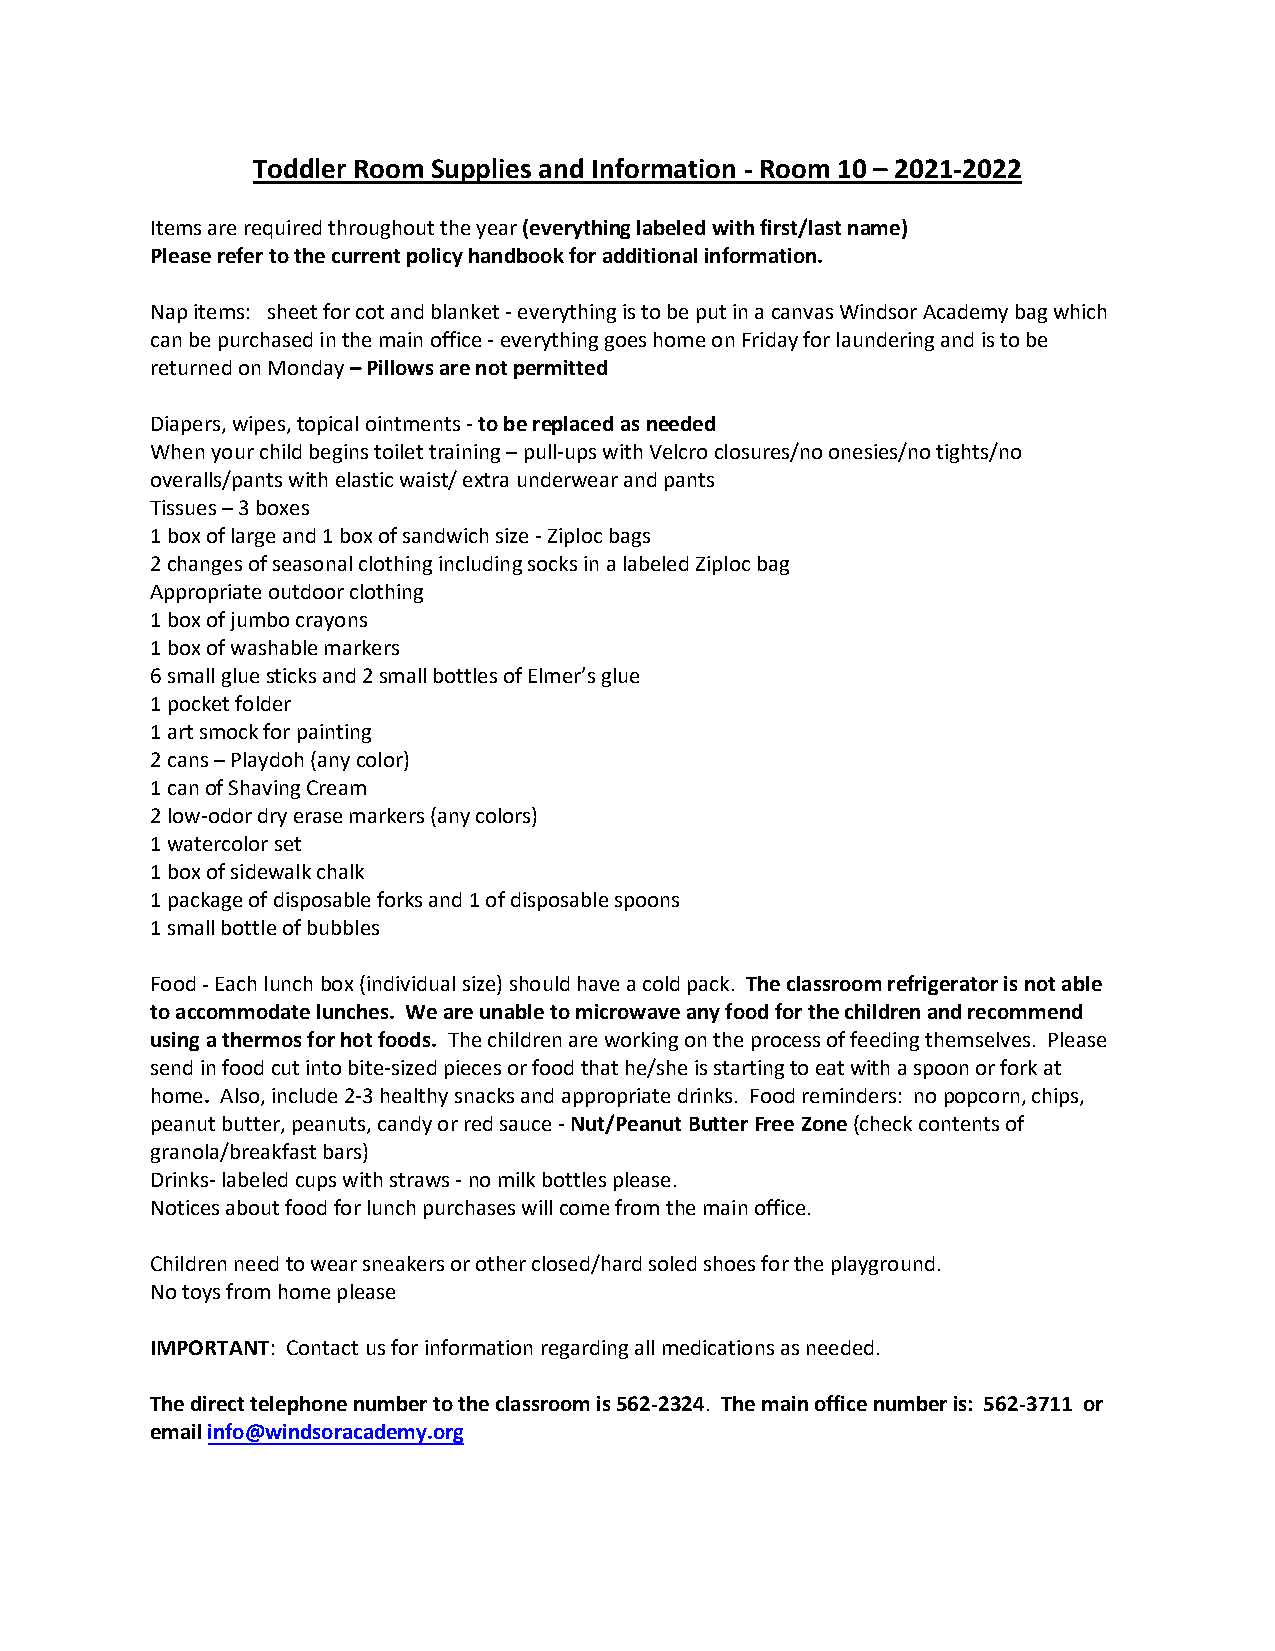
Toddler Room Supplies and Information - Room 10 – 2021-2022
 Items are required throughout the year (everything labeled with first/last name)
 Please refer to the current policy handbook for additional information.
 Nap items: sheet for cot and blanket - everything is to be put in a canvas Windsor Academy bag which
 can be purchased in the main office - everything goes home on Friday for laundering and is to be
 returned on Monday – Pillows are not permitted
 Diapers, wipes, topical ointments - to be replaced as needed
 When your child begins toilet training – pull-ups with Velcro closures/no onesies/no tights/no
 overalls/pants with elastic waist/ extra underwear and pants
 Tissues – 3 boxes
 1 box of large and 1 box of sandwich size - Ziploc bags
 2 changes of seasonal clothing including socks in a labeled Ziploc bag
 Appropriate outdoor clothing
 1 box of jumbo crayons
 1 box of washable markers
 6 small glue sticks and 2 small bottles of Elmer’s glue
 1 pocket folder
 1 art smock for painting
 2 cans – Playdoh (any color)
 1 can of Shaving Cream
 2 low-odor dry erase markers (any colors)
 1 watercolor set
 1 box of sidewalk chalk
 1 package of disposable forks and 1 of disposable spoons
 1 small bottle of bubbles
 Food - Each lunch box (individual size) should have a cold pack. The classroom refrigerator is not able
 to accommodate lunches. We are unable to microwave any food for the children and recommend
 using a thermos for hot foods. The children are working on the process of feeding themselves. Please
 send in food cut into bite-sized pieces or food that he/she is starting to eat with a spoon or fork at
 home. Also, include 2-3 healthy snacks and appropriate drinks. Food reminders: no popcorn, chips,
 peanut butter, peanuts, candy or red sauce - Nut/Peanut Butter Free Zone (check contents of
 granola/breakfast bars)
 Drinks- labeled cups with straws - no milk bottles please.
 Notices about food for lunch purchases will come from the main office.
 Children need to wear sneakers or other closed/hard soled shoes for the playground.
 No toys from home please
 IMPORTANT: Contact us for information regarding all medications as needed.
 The direct telephone number to the classroom is 562-2324. The main office number is: 562-3711 or
 email info@windsoracademy.org